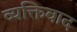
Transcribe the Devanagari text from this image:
व्‍यक्तिवाद